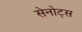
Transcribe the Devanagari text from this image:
सेनोट्स